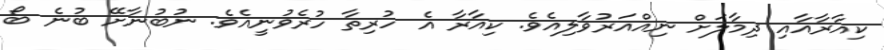
ކިއާރާއާއި ދިމާލަށް ނިއްއަރުވާލިއެވެ. ކިއާރާ އެ ހުރިތާ ހުރެވުނީއެވެ. ނުބުނާށޭ ބުނެ ބޯ